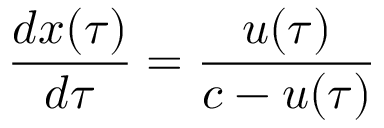
\frac { d x ( \tau ) } { d \tau } = \frac { u ( \tau ) } { c - u ( \tau ) }